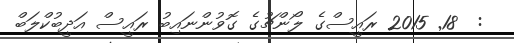
:  18